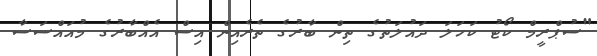
"ސުޕްރީމް ކޯޓު ކަހަލަ ދައުލަތުގެ ތިން ބާރުގެ ތެރެއިން އިސް އެއްބާރުގެ މުއައްސަސާ